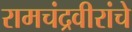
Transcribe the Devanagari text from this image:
रामचंद्रवीरांचे